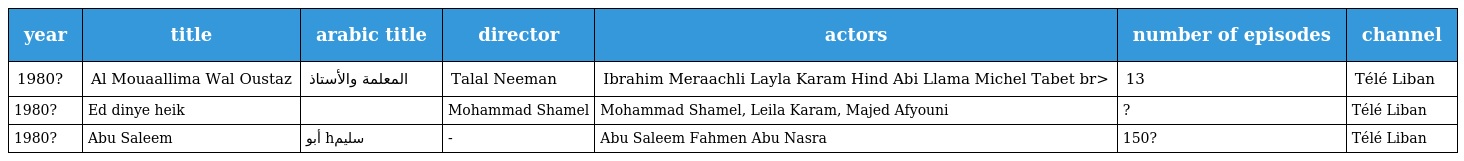
| year | title | arabic title | director | actors | number of episodes | channel |
 | --- | --- | --- | --- | --- | --- | --- |
 | 1980? | Al Mouaallima Wal Oustaz | المعلمة والأستاذ | Talal Neeman | Ibrahim Meraachli Layla Karam Hind Abi Llama Michel Tabet br> | 13 | Télé Liban |
 | 1980? | Ed dinye heik |  | Mohammad Shamel | Mohammad Shamel, Leila Karam, Majed Afyouni | ? | Télé Liban |
 | 1980? | Abu Saleem | أبو hسليم | - | Abu Saleem Fahmen Abu Nasra | 150? | Télé Liban |